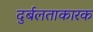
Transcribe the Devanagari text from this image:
दुर्बलताकारक